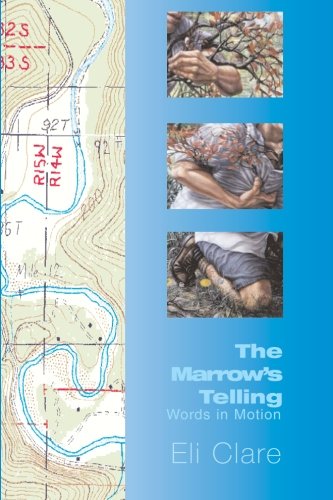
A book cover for The Marrow's Telling: Words in Motion; Eli Clare; Gay & Lesbian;